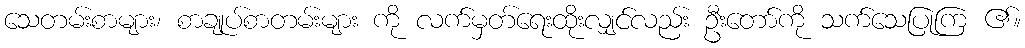
သေတမ်းစာများ၊ စာချုပ်စာတမ်းများ ကို လက်မှတ်ရေးထိုးလျှင်လည်း ဦးတော်ကို သက်သေပြုကြ ၏။